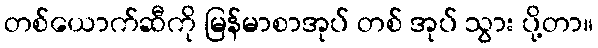
တစ်ယောက်ဆီကို မြန်မာစာအုပ် တစ် အုပ် သွား ပို့တာ။